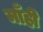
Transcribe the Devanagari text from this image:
माँही